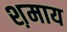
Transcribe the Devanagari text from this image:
श़माय